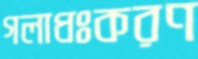
গলাধঃকরণ